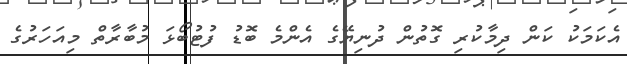
އެކަމަކު ކަން ދިމާކުރި ގޮތުން ދުނިޔޭގެ އެންމެ ބޮޑު ފުޓުބޯޅަ މުބާރާތް މިއަހަރުގެ